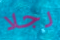
رجلا